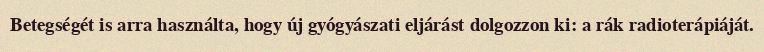
Betegségét is arra használta, hogy új gyógyászati eljárást dolgozzon ki: a rák radioterápiáját.